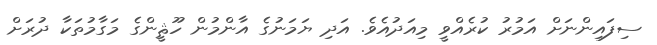
ސިފައިންނަށް އަމުރު ކުރެއްވީ މިއަދުއެވެ. އަދި ޔަމަނުގެ އާންމުން ހޫޘީންގެ މަގާމުތަކާ ދުރަށް